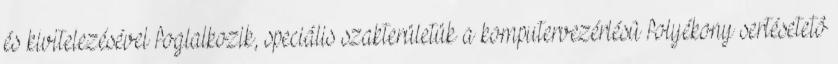
és kivitelezésével foglalkozik, speciális szakterületük a komputervezérlésû folyékony sertésetetô